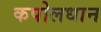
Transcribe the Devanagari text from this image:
कपोलधान